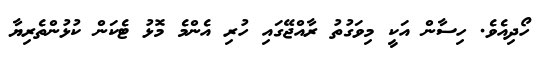
ހޯދިއެވެ. ހިސާން އަކީ މިވަގުތު ރާއްޖޭގައި ހުރި އެންމެ މޮޅު ޓެކަން ކުޅުންތެރިޔާ